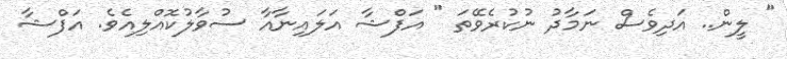
" ލީން.. އަދިވެސް ނަމާދު ނުކުރެވޭތަ " އަފްޝާ އަލައިނާއާ ސުވާލުކޮއްލިއެވެ. އަފްޝާ